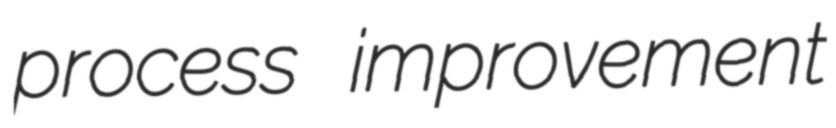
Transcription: process improvement